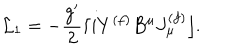
LaTeX: { \cal L } _ { 1 } = - \frac { g ^ { \prime } } { 2 } \lceil i Y ^ { ( f ) } B ^ { \mu } J _ { \mu } ^ { ( f ) } \rfloor .